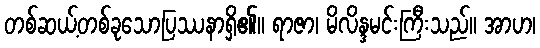
တစ်ဆယ့်တစ်ခုသောပြဿနာရှိ၏။ ရာဇာ၊ မိလိန္ဒမင်းကြီးသည်။ အာဟ၊